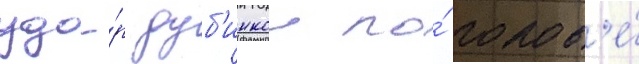
уда́р дуб'инкои по́ голов'е́